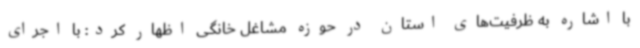
با اشاره به ظرفیت‌های استان در حوزه مشاغل خانگی اظهار کرد: با اجرای